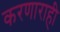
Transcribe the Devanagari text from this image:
करणाराही